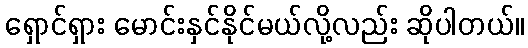
ရှောင်ရှား မောင်းနှင်နိုင်မယ်လို့လည်း ဆိုပါတယ်။